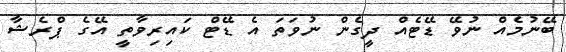
ބޭނުމެއް ނުވޭ ޑޭޓެއް ދީގެން ނުވަތަ އެ ޑޭޓް ކައިރިވާތީ އޭގެ ޕްރެޝާ